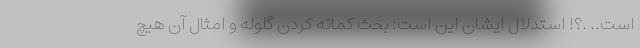
است.. .؟! استدلال ایشان این است: بحث کمانه کردن گلوله و امثال آن هیچ